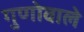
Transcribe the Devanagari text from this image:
गुणोवाले